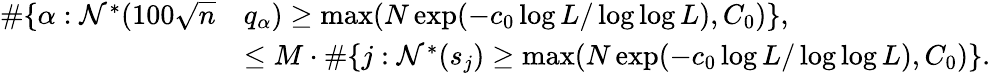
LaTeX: \begin{array}{rl}{\# \{ \alpha:\mathcal{N}^{*}(100\sqrt{n}}&{q_{\alpha})\geq\operatorname*{max}(N\exp(-c_{0}\log L/\log\log L),C_{0})\} ,}\\ &{\leq M\cdot\# \{ j:\mathcal{N}^{*}(s_{j})\geq\operatorname*{max}(N\exp(-c_{0}\log L/\log\log L),C_{0})\} .}\end{array}